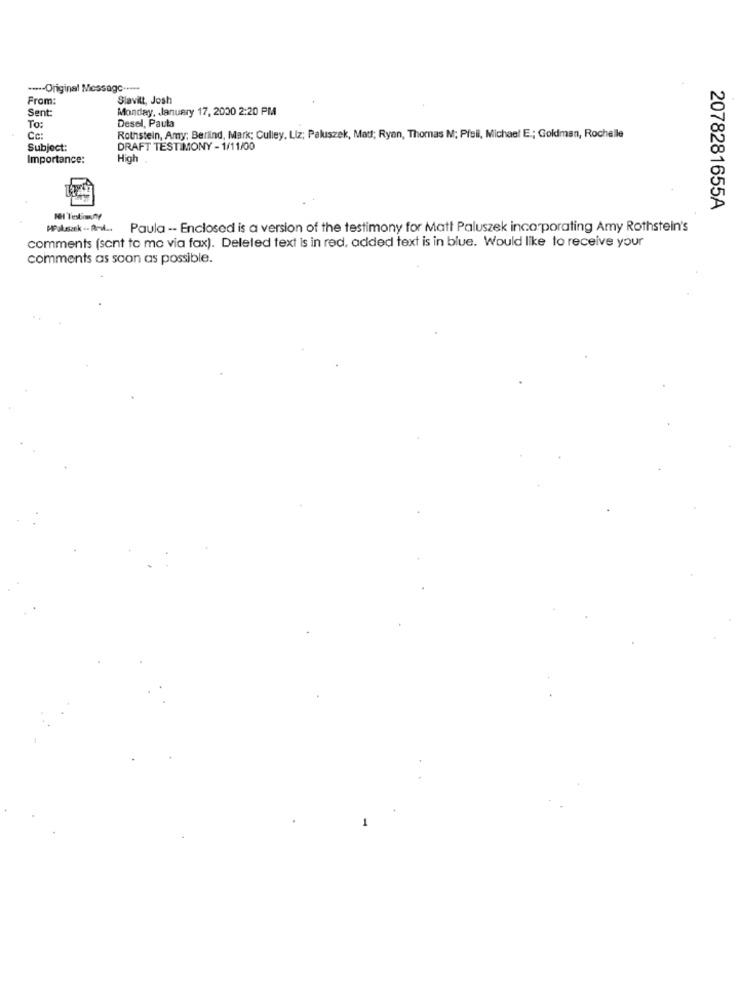
---- Original Message .....
From:
Slavilt, Josh
Sent
Monday, January 17, 2000 2:20 PM
To:
Desel, Paula
Ce:
Rothstein, Amy; Berlind, Mark; Culley. Liz; Paluszek, Mat; Ryan, Thomas M; Pfeil, Michael E .; Goldman, Rochelle
Subject:
DRAFT TESTIMONY - 1/11/00
Importance:
High.
2078281655A
NH Testimony
HPalusask .. Anul ... Paula -- Enclosed is a version of the testimony for Matt Paluszek incorporating Amy Rothstein's
comments (sant to mo via fax). Deleted text is in red, added text is in blue. Would like to receive your
comments as soon as possible.
-